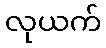
လုယက်